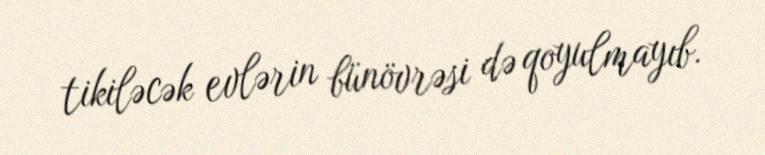
tikiləcək evlərin bünövrəsi də qoyulmayıb.